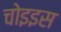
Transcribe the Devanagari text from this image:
चोइइस